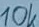
Text: 10KΩ